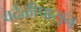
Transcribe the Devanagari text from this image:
वर्दळीपासून